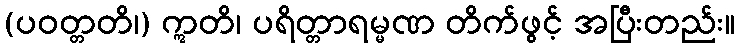
(ပဝတ္တတိ၊) ဣတိ၊ ပရိတ္တာရမ္မဏ တိက်ဖွင့် အပြီးတည်း။